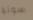
سونيا